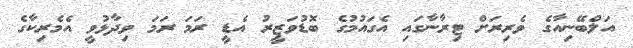
އަލްބޭނިއާގެ ވެރިރަށް ޓިރާނާގައި އެގައުމުގެ ބޮޑުވަޒީރު އެޑީ ރަމަ ރަމަ ވިދާޅުވީ އެމެރިކާގެ